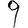
Digit: 9